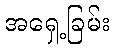
အရှေ့ခြမ်း